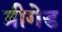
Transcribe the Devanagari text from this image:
ब्रीगेड